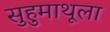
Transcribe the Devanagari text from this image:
सुहुमाथूला